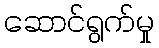
ဆောင်ရွက်မှု